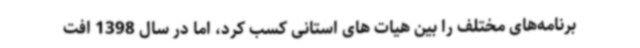
برنامه‌های مختلف را بین هیات های استانی کسب کرد، اما در سال 1398 افت